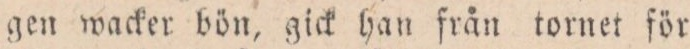
gen wacker bön, gick han från tornet för